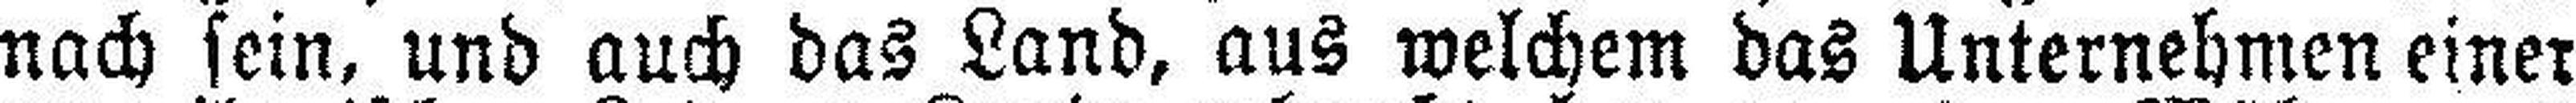
nach sein, und auch das Land, aus welchem das Unternehmen einer